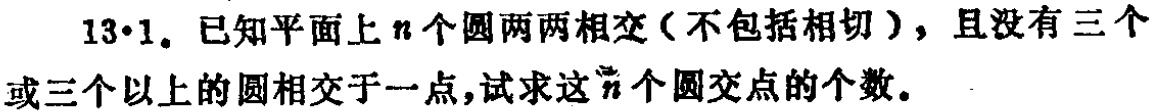
13·1. 已知平面上\(n\)个圆两两相交（不包括相切），且没有三个或三个以上的圆相交于一点，试求这\(n\)个圆交点的个数。